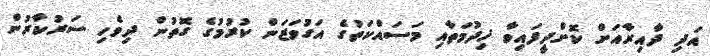
އަދި ދާއިރާއަށް ކޮށްދީފައިވާ ޚިދުމަތާއި މަސައްކަތުގެ އަގުވަޒަން ކުރުމުގެ ގޮތުން ދިވެހި ސަރުކާރުން